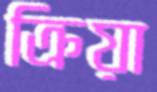
ক্রিয়া